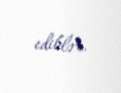
ediblər.